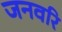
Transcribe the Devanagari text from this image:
जनवरि